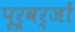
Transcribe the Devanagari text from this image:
पूर्वर्जों